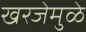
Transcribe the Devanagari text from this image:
खरजेमुळे